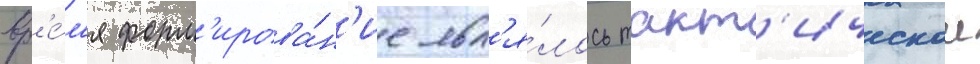
вр'е́м'я форм'ирова́н'ие явл'я́лось такт'ическои